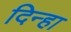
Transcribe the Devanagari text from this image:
दिन्हा